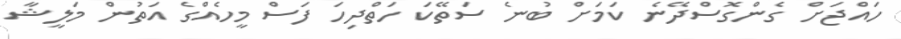
ހައްޖަށް ގެންގޮސްދޭނެ ކަމަށް ބުނެ ސަތޭކަ ހަތްދިހަ ފަސް މީހެއްގެ އަތުން މަލީޝާ